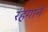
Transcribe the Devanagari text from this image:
रंहगाने